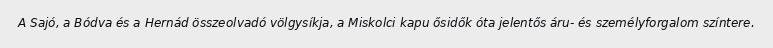
A Sajó, a Bódva és a Hernád összeolvadó völgysíkja, a Miskolci kapu ősidők óta jelentős áru- és személyforgalom színtere.